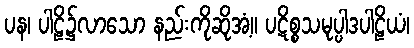
ပန၊ ပါဠိ၌လာသော နည်းကိုဆိုအံ့။ ပဋိစ္စသမုပ္ပါဒပါဠိယံ၊